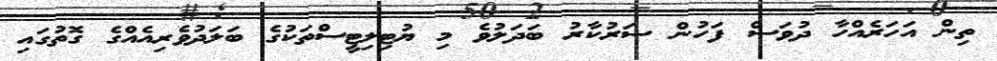
ތިން އަހަރެއްހާ ދުވަސް ފަހުން ސަރުކާރު ބަދަލުވެ މި ޔުޓިލިޓީސްތަކުގެ ބަލަދުވެރިއެއްގެ ގޮތުގައި